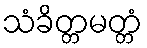
သံခိတ္တမတ္တံ